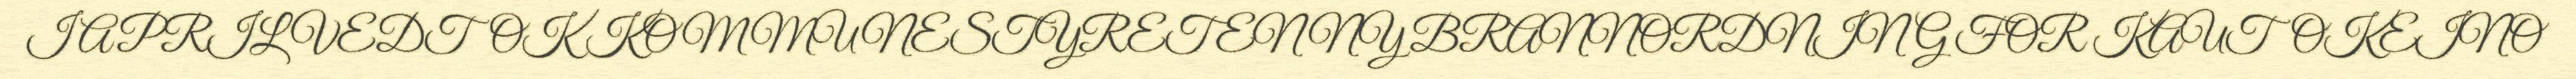
I APRIL VEDTOK KOMMUNESTYRET EN NY BRANNORDNING FOR KAUTOKEINO